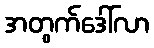
အတွက်ဒေါ်လာ